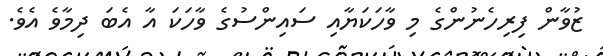
ޒުވާން ފިރިހެނުންގެ މި ވާހަކަޔާއި ސައިންސުގެ ވާހަކަ އާ އެބަ ދިމާވެ އެވެ.